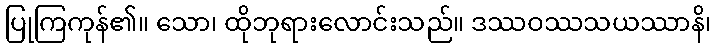
ပြုကြကုန်၏။ သော၊ ထိုဘုရားလောင်းသည်။ ဒဿဝဿသယဿာနိ၊